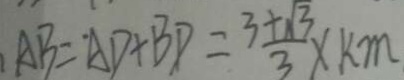
A B = A D + B D = \frac { 3 + \sqrt { 3 } } { 3 } \times k m